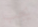
يجب